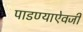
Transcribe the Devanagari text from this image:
पाडण्याऐवजी